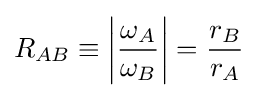
R_{AB}\equiv \left|{\frac {\omega _{A}}{\omega _{B}}}\right|={\frac {r_{B}}{r_{A}}}